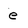
Character: e